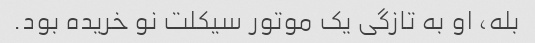
بله، او به تازگی یک موتور سیکلت نو خریده بود.